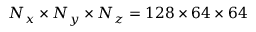
N _ { x } \times N _ { y } \times N _ { z } = 1 2 8 \times 6 4 \times 6 4